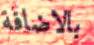
بالاضافة